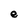
Character: e